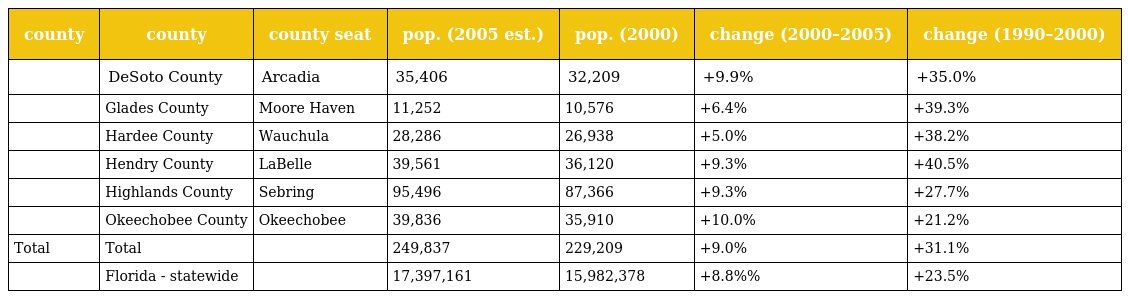
| county | county | county seat | pop. (2005 est.) | pop. (2000) | change (2000–2005) | change (1990–2000) |
 | --- | --- | --- | --- | --- | --- | --- |
 |  | DeSoto County | Arcadia | 35,406 | 32,209 | +9.9% | +35.0% |
 |  | Glades County | Moore Haven | 11,252 | 10,576 | +6.4% | +39.3% |
 |  | Hardee County | Wauchula | 28,286 | 26,938 | +5.0% | +38.2% |
 |  | Hendry County | LaBelle | 39,561 | 36,120 | +9.3% | +40.5% |
 |  | Highlands County | Sebring | 95,496 | 87,366 | +9.3% | +27.7% |
 |  | Okeechobee County | Okeechobee | 39,836 | 35,910 | +10.0% | +21.2% |
 | Total | Total |  | 249,837 | 229,209 | +9.0% | +31.1% |
 |  | Florida - statewide |  | 17,397,161 | 15,982,378 | +8.8%% | +23.5% |